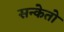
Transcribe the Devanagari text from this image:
सन्केतो